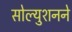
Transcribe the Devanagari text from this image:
सोल्युशनने